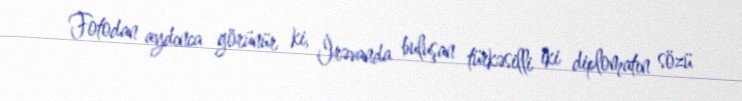
Fotodan aydınca görünür ki, İrəvanda buluşan türkəsilli iki diplomatın sözü